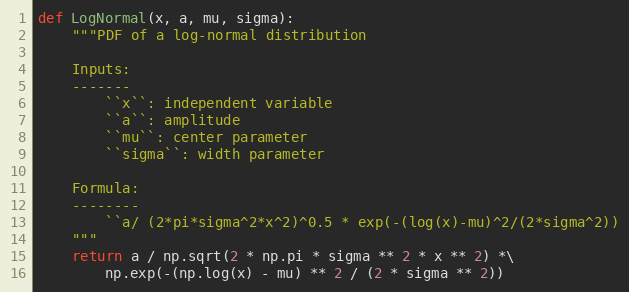
Language: Python
def LogNormal(x, a, mu, sigma):
    """PDF of a log-normal distribution

    Inputs:
    -------
        ``x``: independent variable
        ``a``: amplitude
        ``mu``: center parameter
        ``sigma``: width parameter

    Formula:
    --------
        ``a/ (2*pi*sigma^2*x^2)^0.5 * exp(-(log(x)-mu)^2/(2*sigma^2))
    """
    return a / np.sqrt(2 * np.pi * sigma ** 2 * x ** 2) *\
        np.exp(-(np.log(x) - mu) ** 2 / (2 * sigma ** 2))